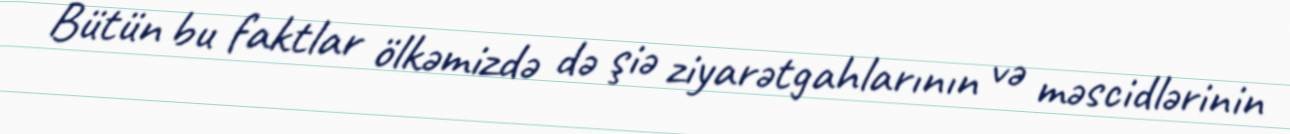
Bütün bu faktlar ölkəmizdə də şiə ziyarətgahlarının və məscidlərinin